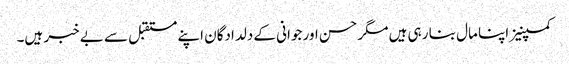
کمپنیز اپنا مال بنا رہی ہیں مگر حسن اور جوانی کے دلدادگان اپنے مستقبل سے بے خبر ہیں۔